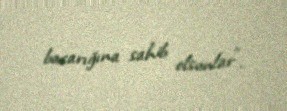
bacarığına sahib olsunlar”.